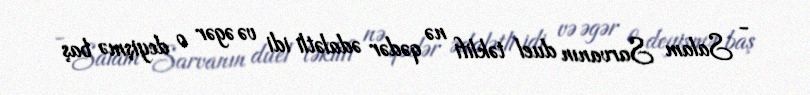
- Salam Sarvanın duel təklifi nə qədər ədalətli idi və əgər o deyişmə baş